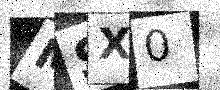
Text: MSX0